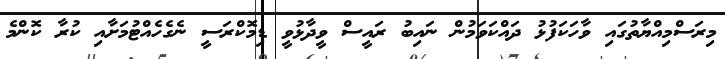
މިރަސްމިއްޔާތުގައި ވާހަކަފުޅު ދައްކަވަމުން ނައިބު ރައީސް ވީދާޅުވީ ޑިމޮކްރަސީ ނެގެހެއްޓުމަށާއި ކުރާ ކޮންމެ